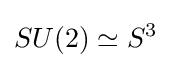
SU(2)\simeq S^{3}